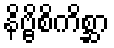
နိဗ္ဗိစိကိစ္ဆာ